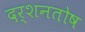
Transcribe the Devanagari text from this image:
दर्शनतोष